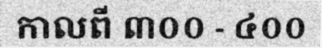
កាលពី ៣០០ - ៤០០